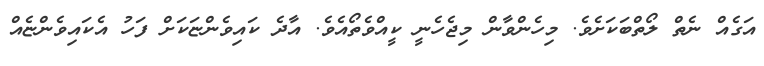
އަގެއް ނެތް ލޯތްބަކަށެވެ. މިހެންވާން މިޖެހެނީ ކީއްވެތޯއެވެ. އާދެ ކައިވެންޏަކަށް ފަހު އެކައިވެންޏެއް